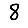
Digit: 8